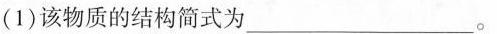
(1)该物质的结构简式为___。